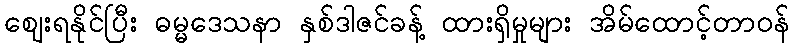
ဈေးရနိုင်ပြီး ဓမ္မဒေသနာ နှစ်ဒါဇင်ခန့် ထားရှိမှုများ အိမ်ထောင့်တာဝန်